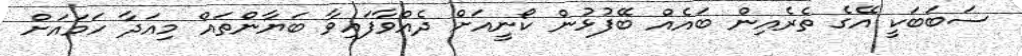
ސަބަބަކީ އޭގެ ތެރެއިން ބައެއް ބޭފުޅުން ކޯނީއަށް ދެއްވާފައިވާ ބަޔާންތައް މިއަދާ ހަމައަށް